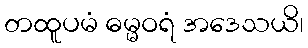
တထူပမံ ဓမ္မဝရံ အဒေသယိ၊